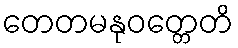
တေတမနုဝတ္တေတိ